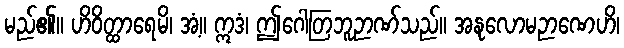
မည်၏။ ဟိဝိတ္ထာရေမိ၊ အံ့။ ဣဒံ၊ ဤဂေါတြဘူဉာဏ်သည်။ အနုလောမဉာဏေဟိ၊